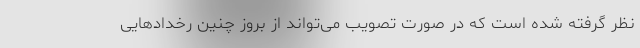
نظر گرفته شده است که در صورت تصویب می‌تواند از بروز چنین رخدادهایی